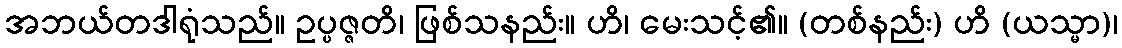
အဘယ်တဒါရုံသည်။ ဥပ္ပဇ္ဇတိ၊ ဖြစ်သနည်း။ ဟိ၊ မေးသင့်၏။ (တစ်နည်း) ဟိ (ယသ္မာ)၊